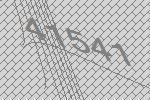
41541